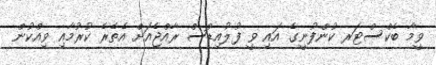
ވީމާ ބެކްސްޓަރ ކުންފުނީގެ އައި ވީ ފުލުއިޑްސް ރާއްޖެއަށް އެތެރެ ކުރުމާއި ވިއްކުން